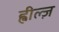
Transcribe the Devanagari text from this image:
ह्वील्ज़